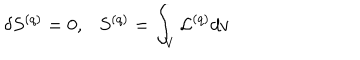
\delta S ^ { ( q ) } = 0 , \ \ \ S ^ { ( q ) } = \int _ { V } { \cal L } ^ { ( q ) } d v